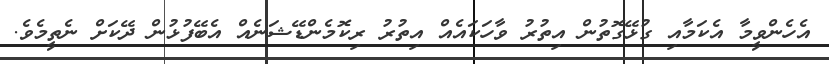
އެހެންވީމާ އެކަމާއި ގުޅޭގޮތުން އިތުރު ވާހަކައެއް އިތުރު ރިކޮމެންޑޭޝަނެއް އެބޭފުޅުން ދޭކަށް ނެތީމެވެ.